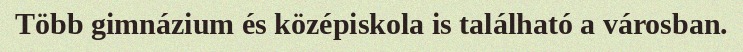
Több gimnázium és középiskola is található a városban.